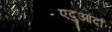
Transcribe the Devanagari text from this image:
एदुआर्दा